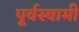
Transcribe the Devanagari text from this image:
पूर्वस्वामी